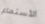
الأستماع